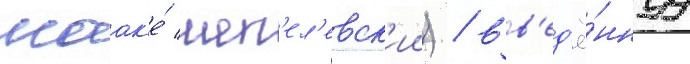
маак'е́ шеп'ел'евск'ии) / вв'ед'ё́ннуу